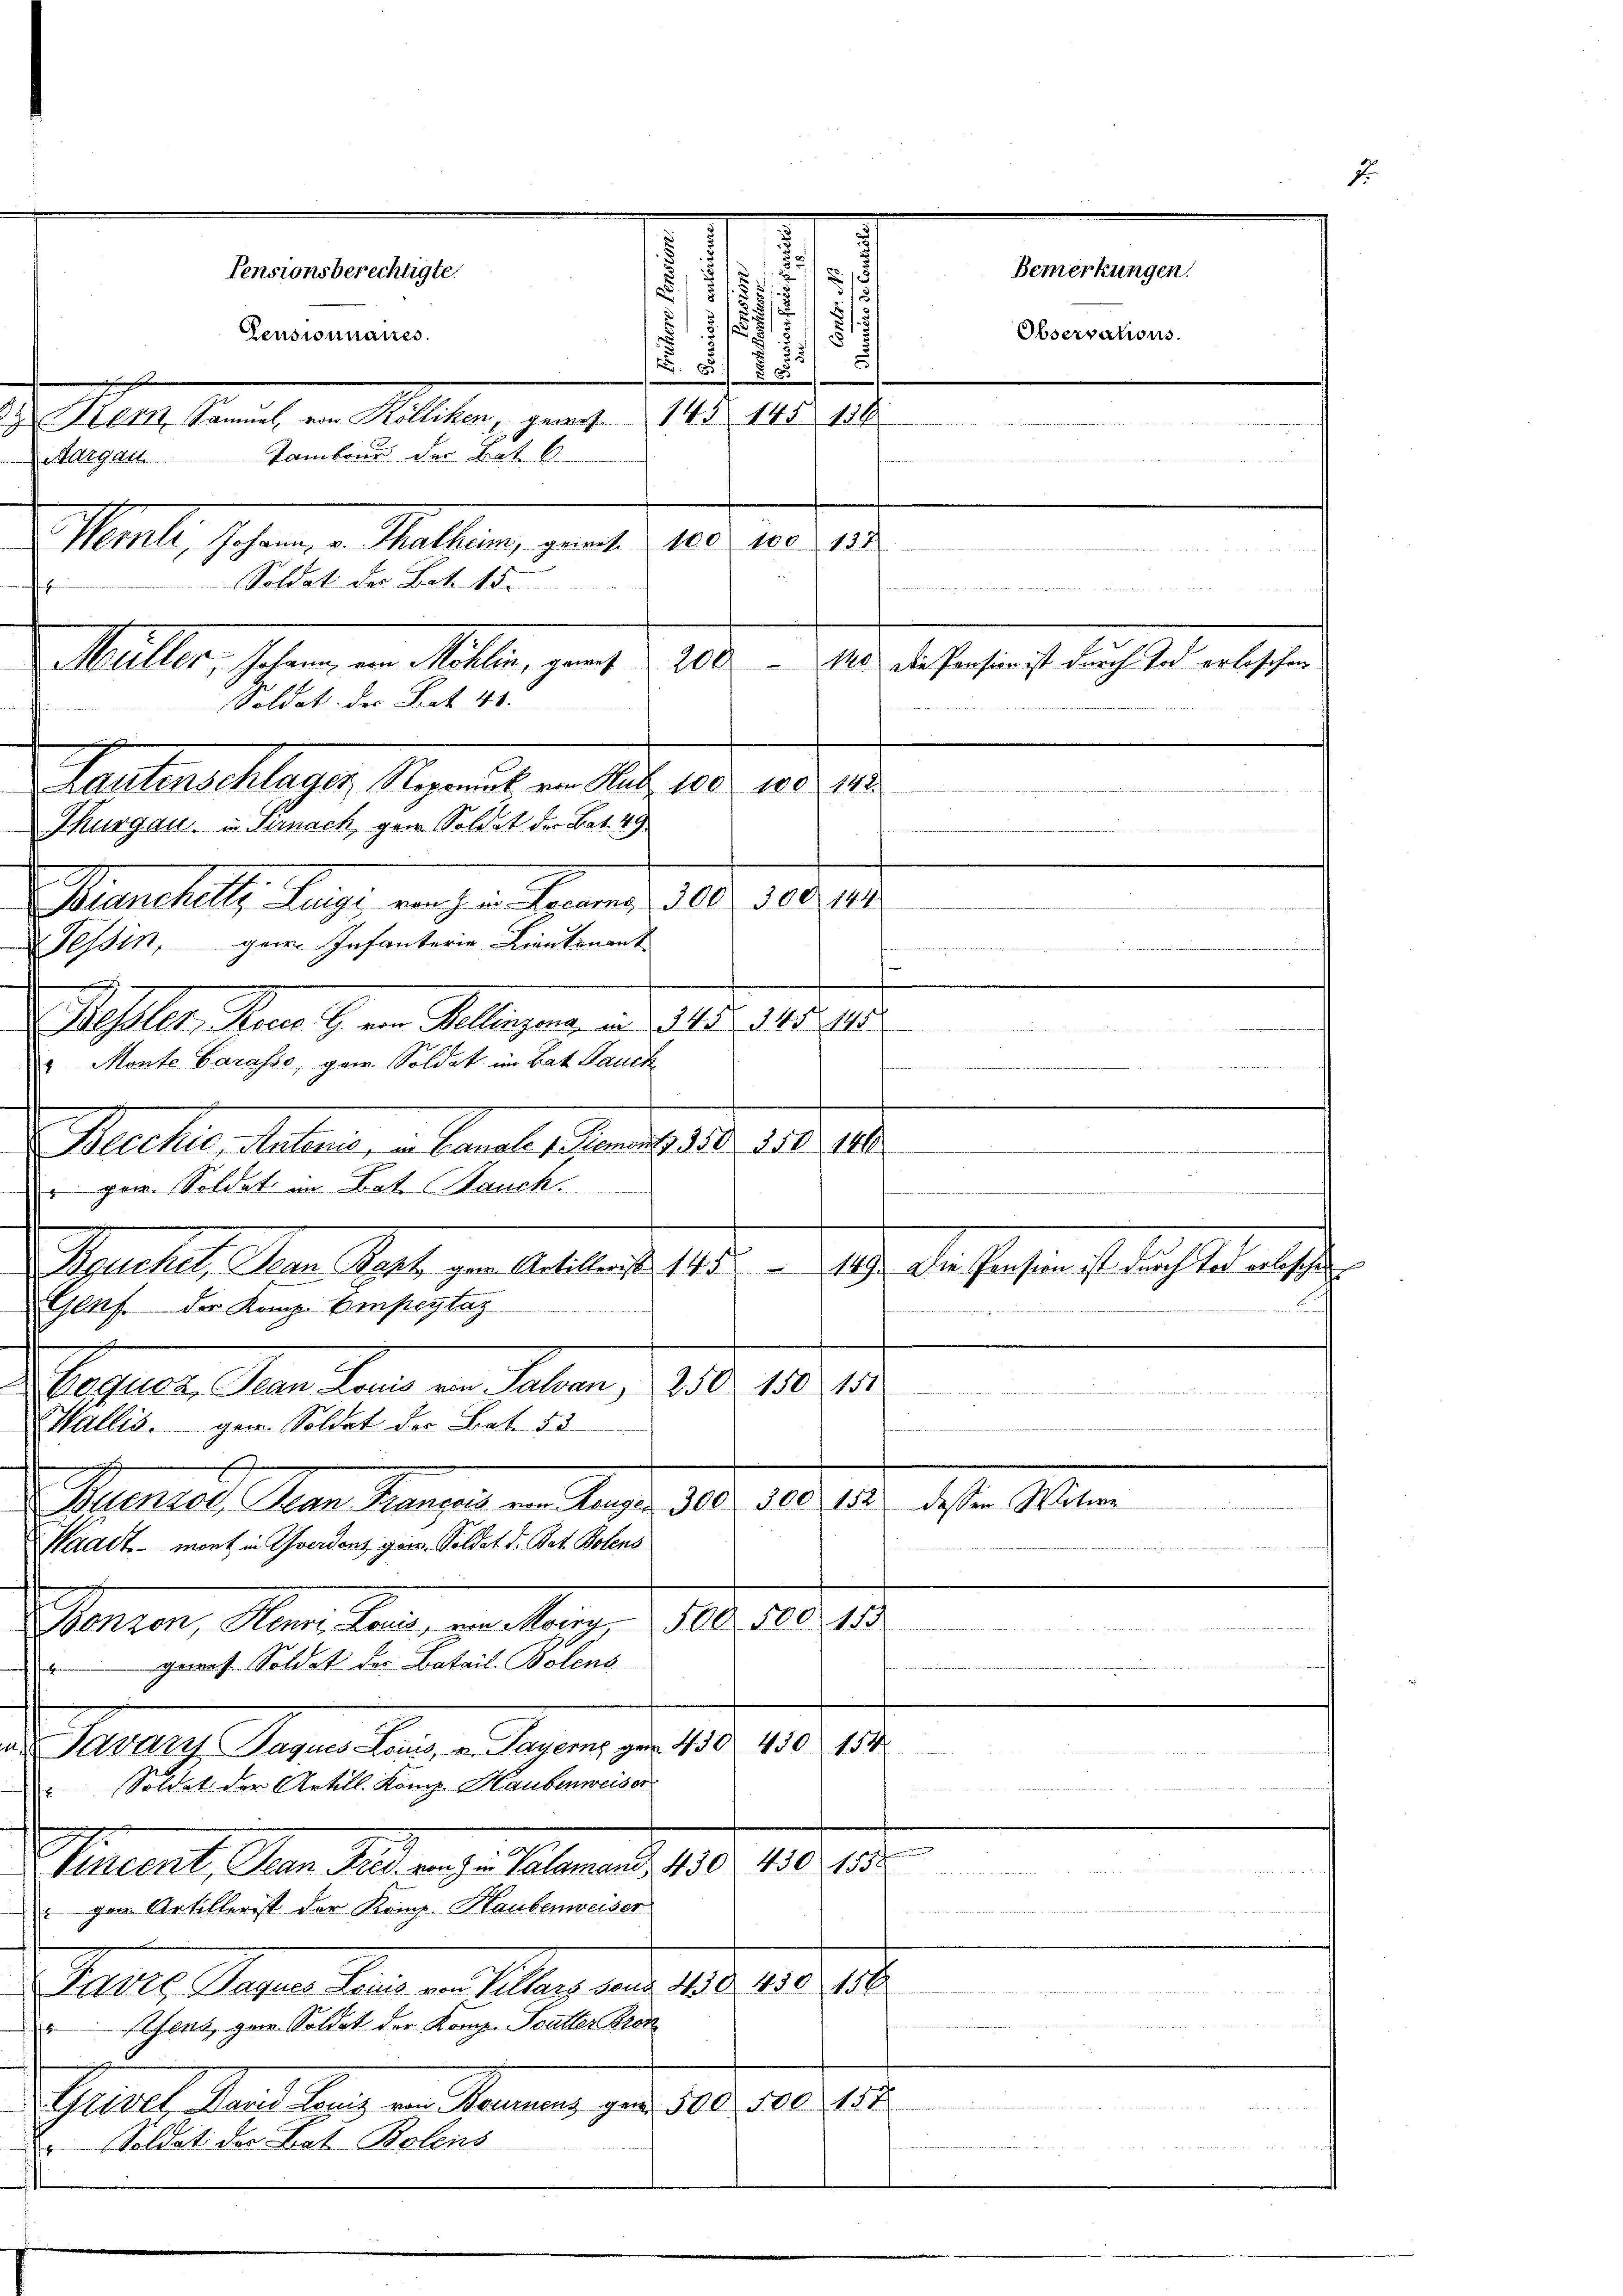
e
aargart

Pensionsberechtigte.
5
/
§ 18
s
5
5/7.
u
1
5
Pensionnaires.
n
.

59
Alt Samuel von Kölliken, gewes. 145 145 189

Tambour der Bat. 6
Muell, schen Mallen, genat 180. 10. 18.
Wochen
Soldat der Bote 15.

Müller, Johann, von Millin, gemit 200 - 10 des Pensin ist durch und erbeschen.
Soldat der Bot 41.
Lautenschlager, Reparat von Sub 100 180. 112.
Thurgau, in Sirnach, gar Soldat der Bat. 49
Bianchell, Luigi vorher Sprend 300. 300. 104.
Tessin, gern Infanterie Lieutenant
e

Hessler, Rosen H. von Mellingung an 545. 145. 495
" Monte Garasso, gern Soldat im Lat. Danck

Macker, Salien, – anal schon 1818. 106. 11.
gen. Soldat im Bat. Bauch

Bauchet, Jean Part gen Artillerst 145 — 119. Die Pension ist durch Tod erbesche
.
2
Bulenzol, Jean Français von Ranger 300. 300 152 dessen Witwe
Waadt mont in Yverdenz ges. Soldet d. Bat. Botens
15
Genien, Man kann, von Mange 100. Fe
Gares. Soldat der Batail. Bolens
Franz. Separten Gegen, d. 180. 180. 19.
e
nierten hat heuteten so kann vermut beramt zu
 Soldat der Artill. Komp. Haubenweiser
Permitte ihrere
an einen
Siumt, den das ange. Palmend, 1890. 118. Jus
dn den u. a. u. einer versternenneren

gen Artillerist der Komp. Haubenweiser
Gatte. Segen Stand in Palang der 1850 1890. 10.
n
ens, Herr Soldet der Komp. Sutter Bran

Glives Land hörig von Kommung gen 500. 500. 188
Soldat des Bat. Bolens
42

Genf der Komp. Einsteytag
Papier, Seren land ein Salon, 180. 18. 12.
Wallis. gem. Soldat der Bat. 53

Bemerkungen.
Observations.

.

t